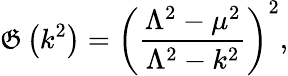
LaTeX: \mathfrak{G}\left(k^{2}\right)=\left(\frac{{\Lambda^{2}-\mu^{2}}}{{\Lambda^{2}-k^{2}}}\right)^{2},